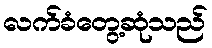
လက်ခံတွေ့ဆုံသည်